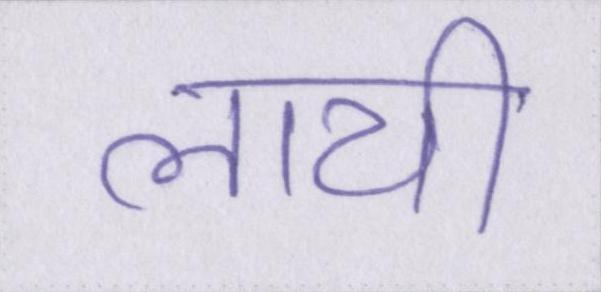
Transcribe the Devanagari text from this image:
लायी